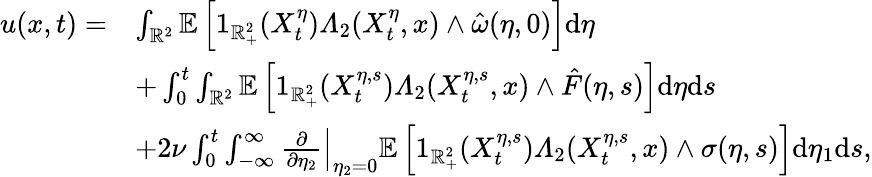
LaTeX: \begin{array}{rl}{u(x,t)=}&{\int_{\mathbb{R}^{2}}\mathbb{E}\left[1_{\mathbb{R}_{+}^{2}}(X_{t}^{\eta})\varLambda_{2}(X_{t}^{\eta},x)\wedge\hat{\omega}(\eta,0)\right]\mathrm{d}\eta}\\ &{+\int_{0}^{t}\int_{\mathbb{R}^{2}}\mathbb{E}\left[1_{\mathbb{R}_{+}^{2}}(X_{t}^{\eta,s})\varLambda_{2}(X_{t}^{\eta,s},x)\wedge\hat{F}(\eta,s)\right]\mathrm{d}\eta\mathrm{d}s}\\ &{+2\nu\int_{0}^{t}\int_{-\infty}^{\infty}\left.\frac{\partial}{\partial\eta_{2}}\right|_{\eta_{2}=0}\mathbb{E}\left[1_{\mathbb{R}_{+}^{2}}(X_{t}^{\eta,s})\varLambda_{2}(X_{t}^{\eta,s},x)\wedge\sigma(\eta,s)\right]\mathrm{d}\eta_{1}\mathrm{d}s,}\end{array}